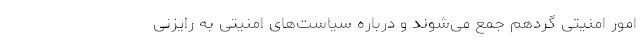
امور امنیتی گردهم جمع می‌شوند و درباره سیاست‌های امنیتی به رایزنی